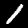
Digit: 1